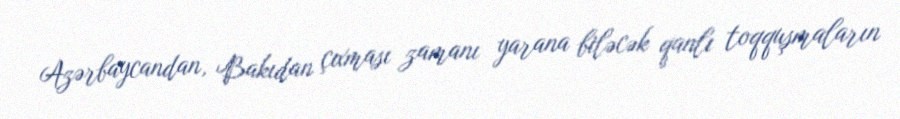
Azərbaycandan, Bakıdan çıxması zamanı yarana biləcək qanlı toqquşmaların